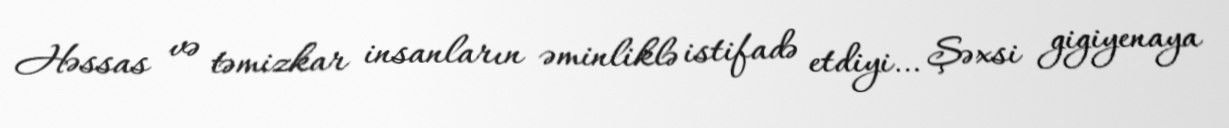
Həssas və təmizkar insanların əminliklə istifadə etdiyi… Şəxsi gigiyenaya